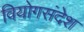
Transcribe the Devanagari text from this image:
वियोगसंदेश